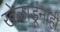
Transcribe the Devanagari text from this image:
खेळाडूंनाही